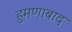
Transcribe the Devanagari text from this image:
हुमणाबाद